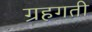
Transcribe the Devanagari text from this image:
ग्रहगती